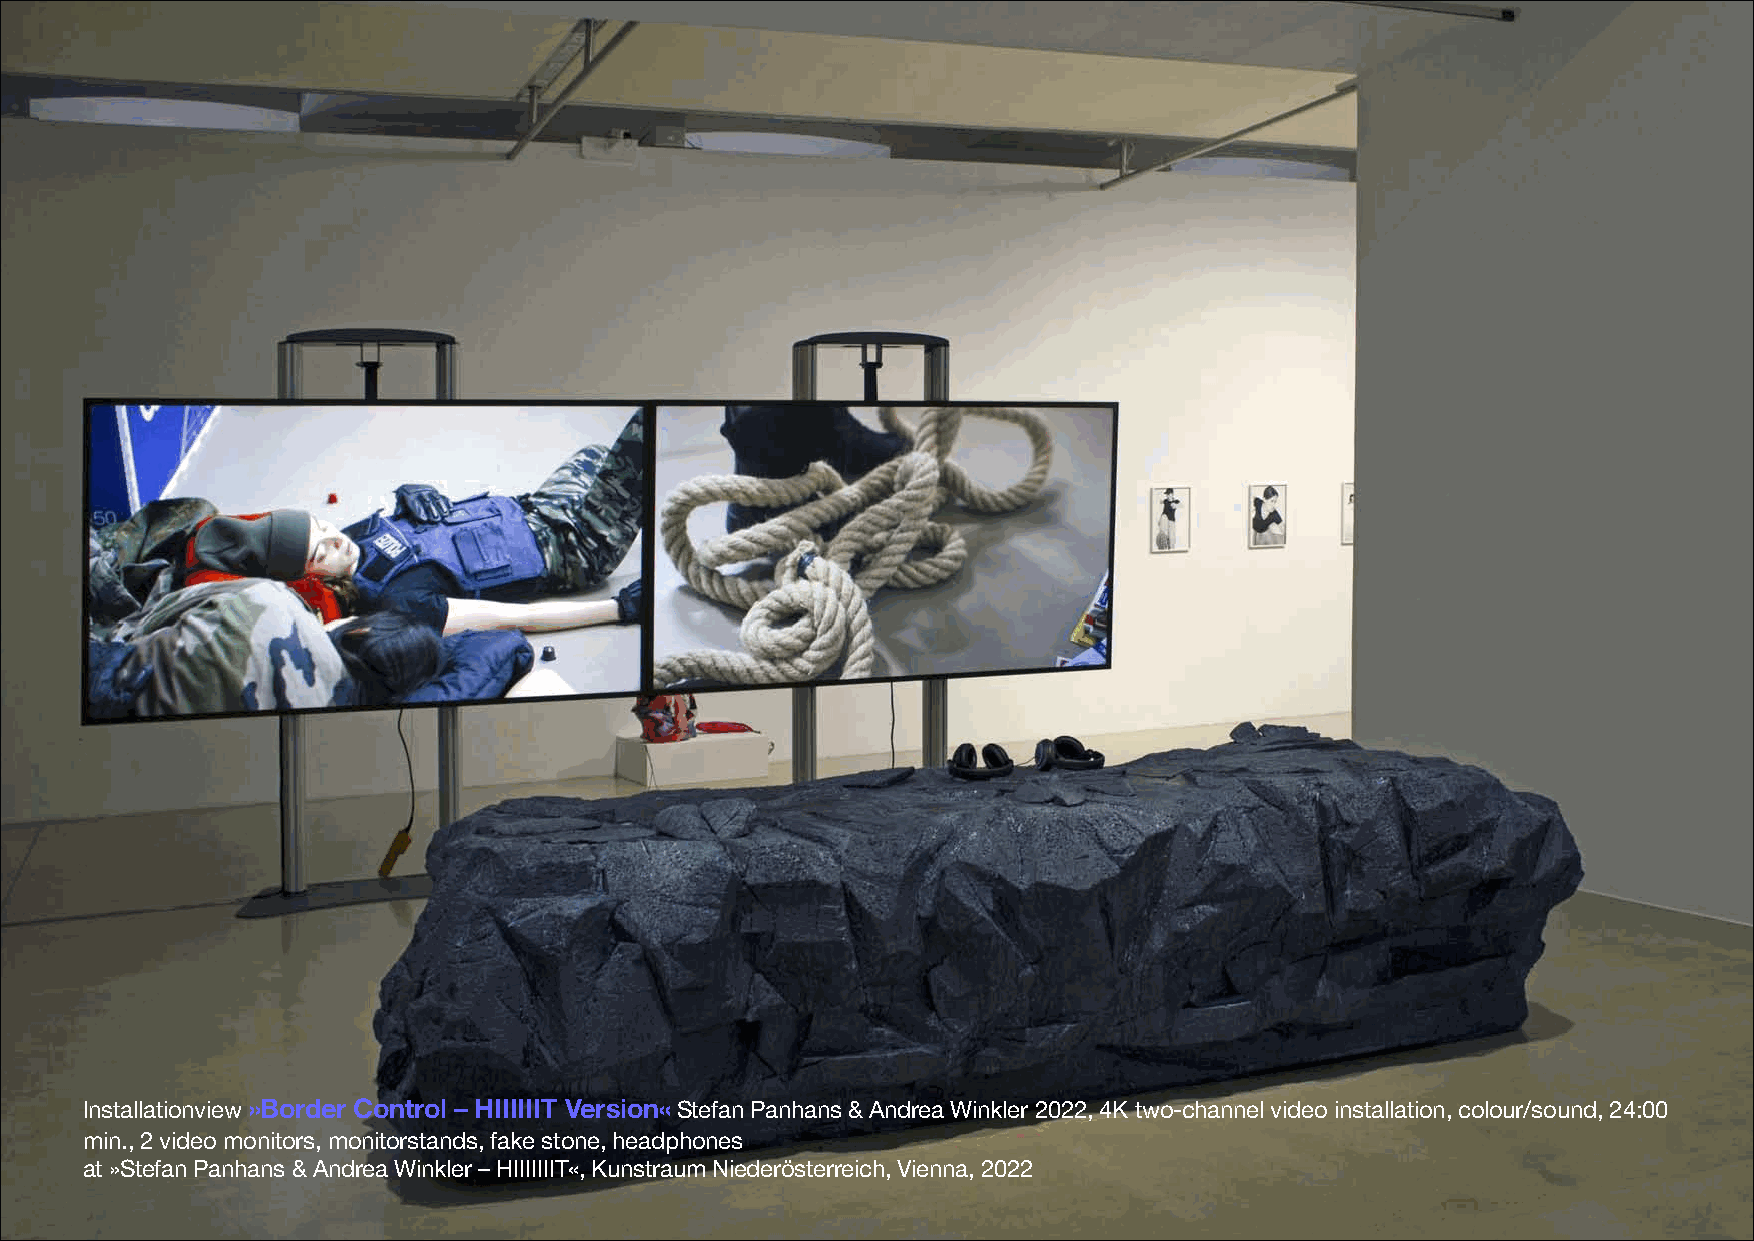
Installationview »Border Control – HIIIIIIT Version«Stefan Panhans & Andrea Winkler 2022, 4K two-channel video installation, colour/sound, 24:00
 min., 2 video monitors, monitorstands, fake stone, headphones
 at »Stefan Panhans & Andrea Winkler –HIIIIIIIT«, Kunstraum Niederösterreich, Vienna, 2022